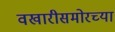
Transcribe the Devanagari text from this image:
वखारीसमोरच्या